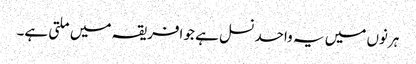
ہرنوں میں یہ واحد نسل ہے جو افریقہ میں ملتی ہے۔